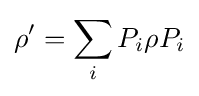
\rho '=\sum _{i}P_{i}\rho P_{i}